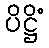
ပိဋ္ဌိံ